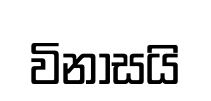
විනාසයි